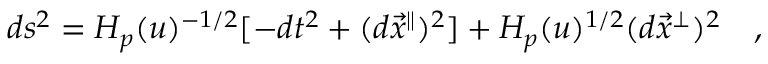
d s ^ { 2 } = H _ { p } ( u ) ^ { - 1 / 2 } [ - d t ^ { 2 } + ( d { { \vec { x } } ^ { \parallel } } ) ^ { 2 } ] + H _ { p } ( u ) ^ { 1 / 2 } ( d { { \vec { x } } ^ { \perp } } ) ^ { 2 } \quad ,